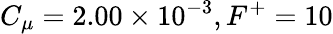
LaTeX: C_{\mu}=2.00\times 10^{-3},F^{+}=10